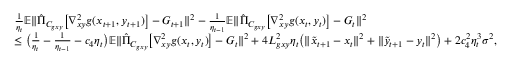
\begin{array} { r l } & { \frac { 1 } { \eta _ { t } } \mathbb { E } \| \hat { \Pi } _ { C _ { g x y } } \big [ \nabla _ { x y } ^ { 2 } g ( x _ { t + 1 } , y _ { t + 1 } ) \big ] - G _ { t + 1 } \| ^ { 2 } - \frac { 1 } { \eta _ { t - 1 } } \mathbb { E } \| \hat { \Pi } _ { C _ { g x y } } \big [ \nabla _ { x y } ^ { 2 } g ( x _ { t } , y _ { t } ) \big ] - G _ { t } \| ^ { 2 } } \\ & { \leq \big ( \frac { 1 } { \eta _ { t } } - \frac { 1 } { \eta _ { t - 1 } } - c _ { 4 } \eta _ { t } \big ) \mathbb { E } \| \hat { \Pi } _ { C _ { g x y } } \big [ \nabla _ { x y } ^ { 2 } g ( x _ { t } , y _ { t } ) \big ] - G _ { t } \| ^ { 2 } + 4 L _ { g x y } ^ { 2 } \eta _ { t } \big ( \| \tilde { x } _ { t + 1 } - x _ { t } \| ^ { 2 } + \| \tilde { y } _ { t + 1 } - y _ { t } \| ^ { 2 } \big ) + 2 c _ { 4 } ^ { 2 } \eta _ { t } ^ { 3 } \sigma ^ { 2 } , } \end{array}